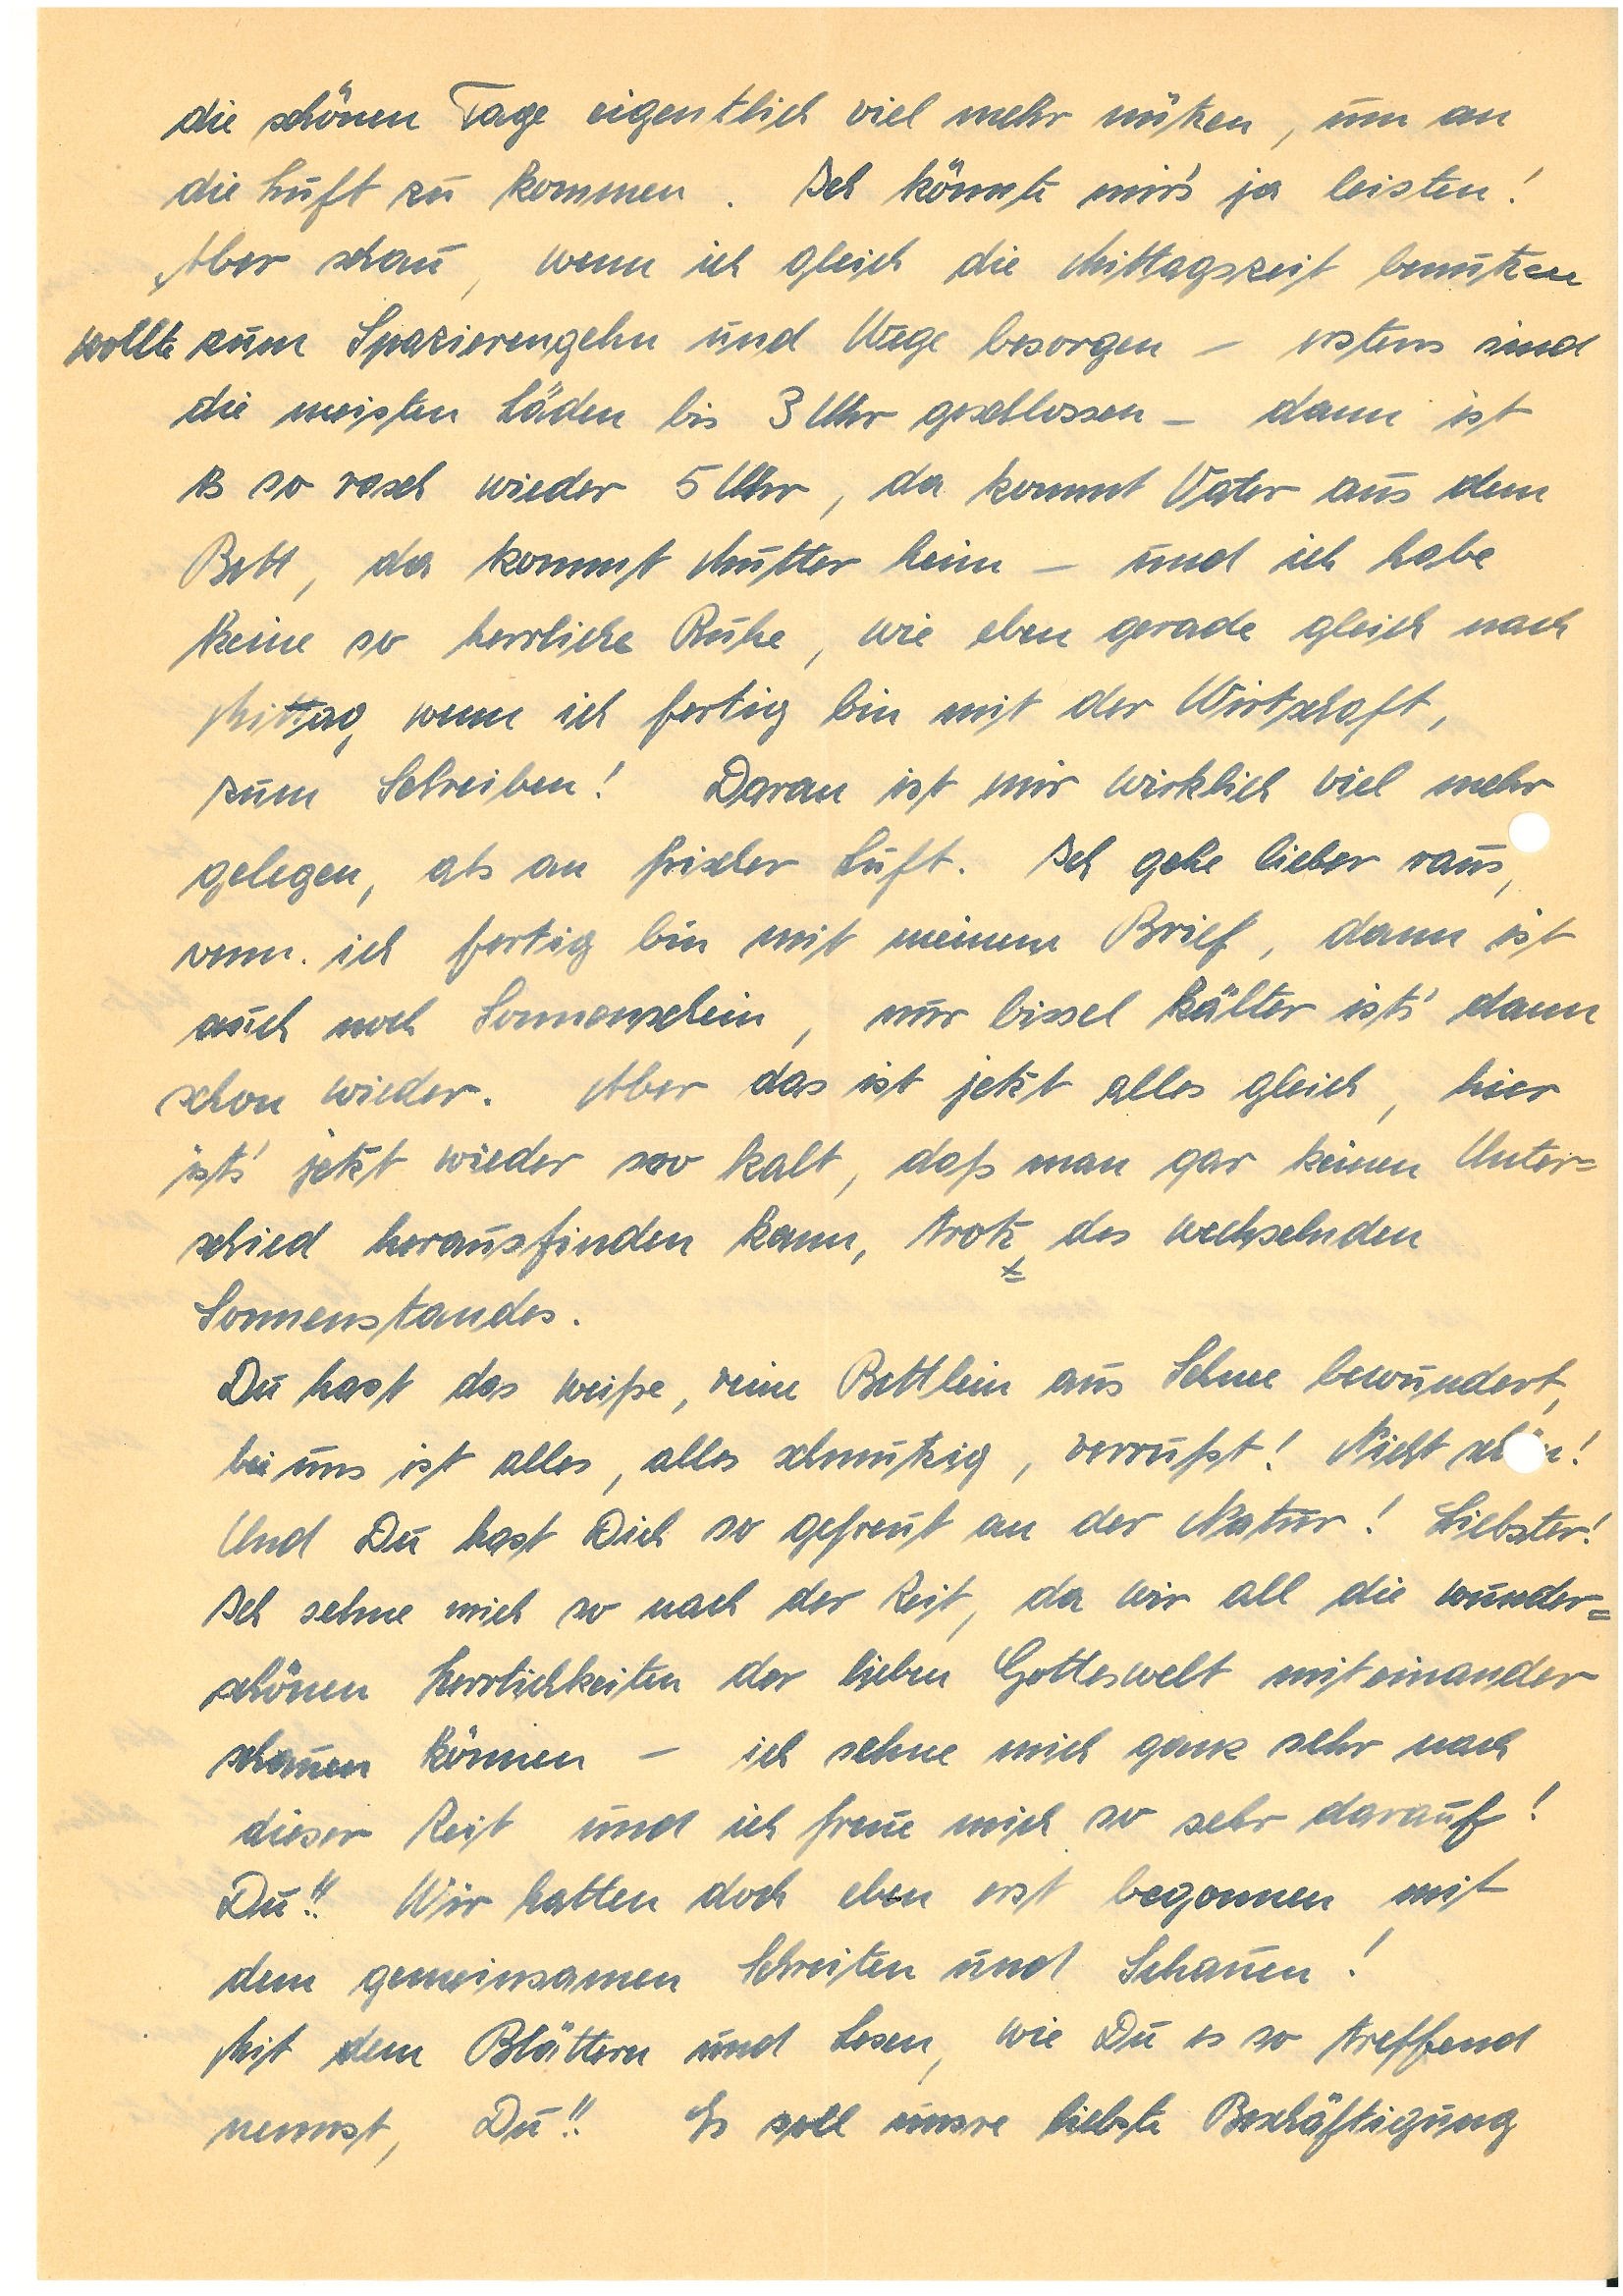
die schönen Tage eigentlich viel mehr nützen, um an
die Luft zu kommen. Ich könnte mir’s ja leisten!
Aber schau, wenn ich gleich die Mittagszeit benutzen
wollte zum Spazierengehn und Wege besorgen – erstens sind
die meisten Läden bis 3 Uhr geschlossen – dann ist
es so rasch wieder 5 Uhr, da kommt Vater aus dem
Bett, da kommt Mutter heim – und ich habe
keine so herrliche Ruhe, wie eben gerade gleich nach
Mittag, wenn ich fertig bin mit der Wirtschaft,
zum Schreiben! Daran ist mir wirklich viel mehr
gelegen, als an frischer Luft. Ich gehe lieber raus,
wenn ich fertig bin mit meinem Brief, dann ist
auch noch Sonnenschein, nur bissel kälter ists’ dann
schon wieder. Aber das ist jetzt alles gleich, hier
ists’ jetzt wieder soo kalt, daß man gar keinen Unter¬
schied herausfinden kann, trotz des wechselnden
Sonnenstandes.
Du hast das weiße, reine Bettlein aus Schnee bewundert,
bei uns ist alles, alles schmutzig, verrußt! Nicht schn!
Und Du hast Dich so gefreut an der Natur! Liebster!
Ich sehne mich so nach der Zeit, da wir all die wunder¬
schönen Herrlichkeiten der lieben Gotteswelt miteinander
schauen können – ich sehne mich ganz sehr nach
dieser Zeit und ich freue mich so sehr darauf!
Du!! Wir hatten doch eben erst begonnen mit
dem gemeinsamen Schreiten und Schauen!
Mit dem Blättern und Lesen, wie Du es so treffend
nennst, Du!! Es soll unsre liebste Beschäftigung